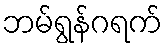
ဘမ်ရွန်ဂရက်